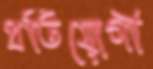
প্রতিযোগী